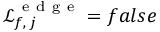
\mathcal { L } _ { f , \, j } ^ { \mathrm { ~ e ~ d ~ g ~ e ~ } } = f a l s e